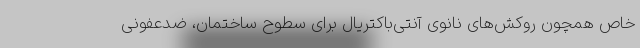
خاص همچون روکش‌های نانوی آنتی‌باکتریال برای سطوح ساختمان، ضدعفونی